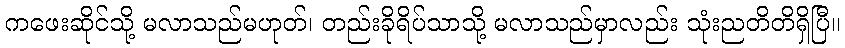
ကဖေးဆိုင်သို့ မလာသည်မဟုတ်၊ တည်းခိုရိပ်သာသို့ မလာသည်မှာလည်း သုံးညတိတိရှိပြီ။